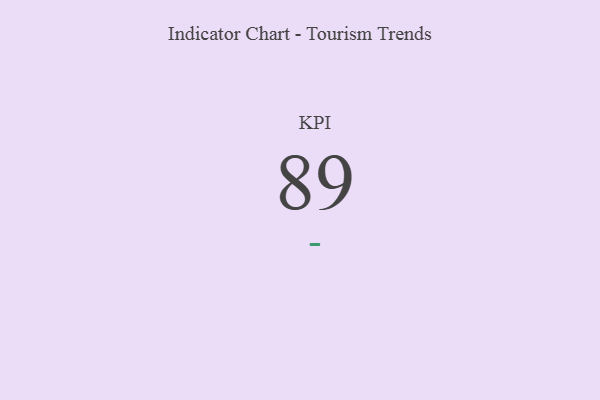
{"axis": {"x": "KPI", "y": "Value"}, "legend": [""], "data": [{"x": "KPI", "y": 89, "type": ""}]}